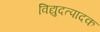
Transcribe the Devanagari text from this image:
विद्युदत्पादक